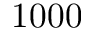
1 0 0 0